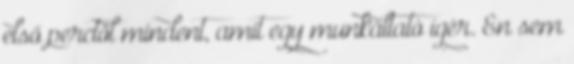
első perctől mindent, amit egy munkáltató ígér. Én sem